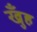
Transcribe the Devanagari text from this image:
खुँह